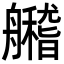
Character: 𦪼